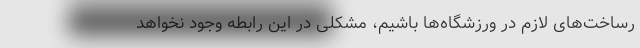
رساخت‌های لازم در ورزشگاه‌ها باشیم، مشکلی در این رابطه وجود نخواهد